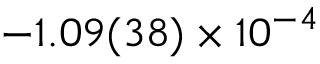
- 1 . 0 9 ( 3 8 ) \times 1 0 ^ { - 4 }